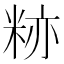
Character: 𬖛